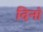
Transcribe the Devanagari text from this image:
दिनां